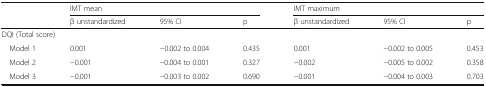
<table><thead><tr><td></td><td colspan="3"><b>IMT mean</b></td><td colspan="3"><b>IMT maximum</b></td></tr><tr><td></td><td><b>β unstandardized</b></td><td><b>95% CI</b></td><td><b>p</b></td><td><b>β unstandardized</b></td><td><b>95% CI</b></td><td><b>p</b></td></tr></thead><tbody><tr><td colspan="7">DQI (Total score)</td></tr><tr><td> Model 1</td><td>0.001</td><td>−0.002 to 0.004</td><td>0.435</td><td>0.001</td><td>−0.002 to 0.005</td><td>0.453</td></tr><tr><td> Model 2</td><td>−0.001</td><td>−0.004 to 0.001</td><td>0.327</td><td>−0.002</td><td>−0.005 to 0.002</td><td>0.358</td></tr><tr><td> Model 3</td><td>−0.001</td><td>−0.003 to 0.002</td><td>0.690</td><td>−0.001</td><td>−0.004 to 0.003</td><td>0.703</td></tr></tbody></table>